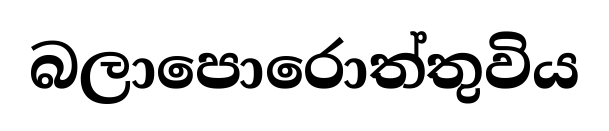
බලාපොරොත්තුවිය